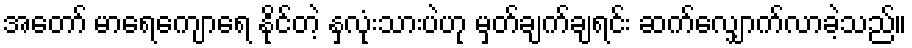
အတော် မာရေကျောရေ နိုင်တဲ့ နှလုံးသားပဲဟု မှတ်ချက်ချရင်း ဆက်လျှောက်လာခဲ့သည်။